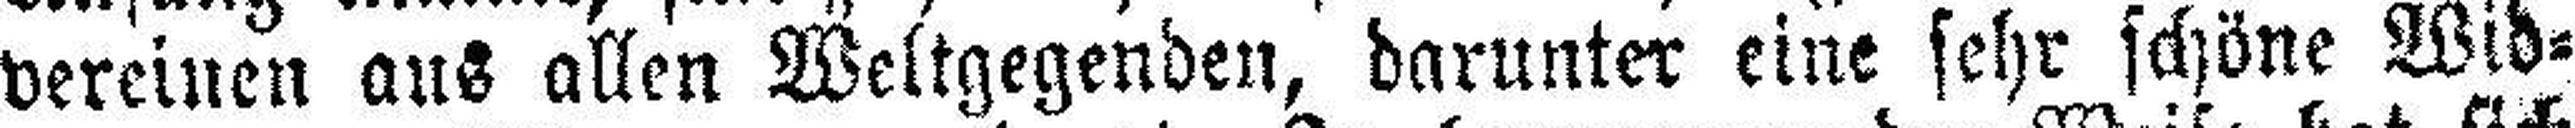
vereinen aus allen Weltgegenden, darunter eine sehr schöne Wid¬